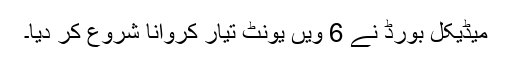
میڈیکل بورڈ نے 6 ویں یونٹ تیار کروانا شروع کر دیا۔